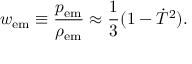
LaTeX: w _ { \mathrm { e m } } \equiv \frac { p _ { \mathrm { e m } } } { \rho _ { \mathrm { e m } } } \approx \frac { 1 } { 3 } ( 1 - \dot { T } ^ { 2 } ) .